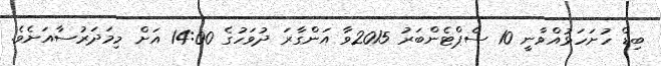
ބިޑް ހުށަހަޅުއްވާނީ 10 ސެޕްޓެންބަރު 2015ވާ އަންގާރަ ދުވަހުގެ 14:00 އަށް މިމަދަރުސާއަށެވެ.